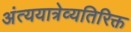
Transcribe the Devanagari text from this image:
अंत्ययात्रेव्यतिरिक्त